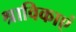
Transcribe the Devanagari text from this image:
श्राविकाएं